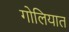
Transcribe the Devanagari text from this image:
गोलियात